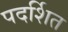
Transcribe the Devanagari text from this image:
पदर्शित